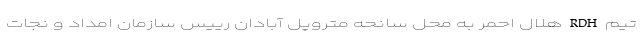
تیم RDH هلال احمر به محل سانحه متروپل آبادان رییس سازمان امداد و نجات